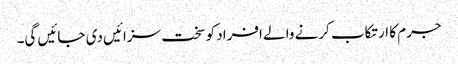
جرم کا ارتکاب کرنے والے افراد کو سخت سزائیں دی جائیں گی۔